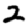
Digit: 2